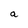
Character: a